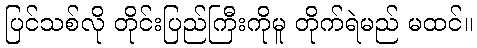
ပြင်သစ်လို တိုင်းပြည်ကြီးကိုမူ တိုက်ရဲမည် မထင်။